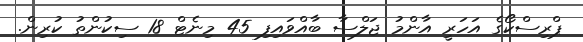
ޕްރިސްކޯގެ އަހަރީ އާންމު ޖަލްސާ ބާއްވައިފި 45 މިނެޓް 18 ސިކުންތު ކުރިން.